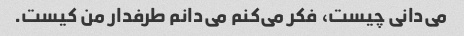
می‌دانی چیست، فکر می‌کنم می‌دانم طرفدار من کیست.